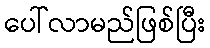
ပေါ်လာမည်ဖြစ်ပြီး